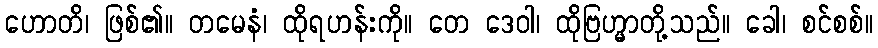
ဟောတိ၊ ဖြစ်၏။ တမေနံ၊ ထိုရဟန်းကို။ တေ ဒေဝါ၊ ထိုဗြဟ္မာတို့သည်။ ခေါ၊ စင်စစ်။